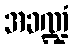
အခဏ္ဍံ